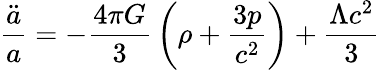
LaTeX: {\frac{\ddot{a}}{a}}=-{\frac{4\pi G}{3}}\left(\rho+{\frac{3p}{c^{2}}}\right)+{\frac{\Lambda c^{2}}{3}}